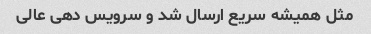
مثل همیشه سریع ارسال شد و سرویس دهی عالی